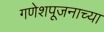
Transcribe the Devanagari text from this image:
गणेशपूजनाच्या